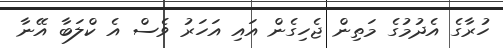
ހުރާގެ އެދުމުގެ މަތިން ޖެހިގެން އައި އަހަރު ވެސް އެ ކްލަބާ އޭނާ